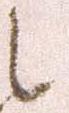
之